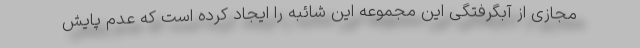
مجازی از آبگرفتگی این مجموعه این شائبه را ایجاد کرده است که عدم پایش